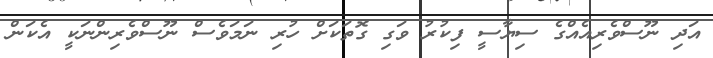
އަދި ނޫސްވެރިއެއްގެ ސިޔާސީ ފިކުރު ވަގި ގޮތަކަށް ހުރި ނަމަވެސް ނޫސްވެރިންނަކީ އެކަން